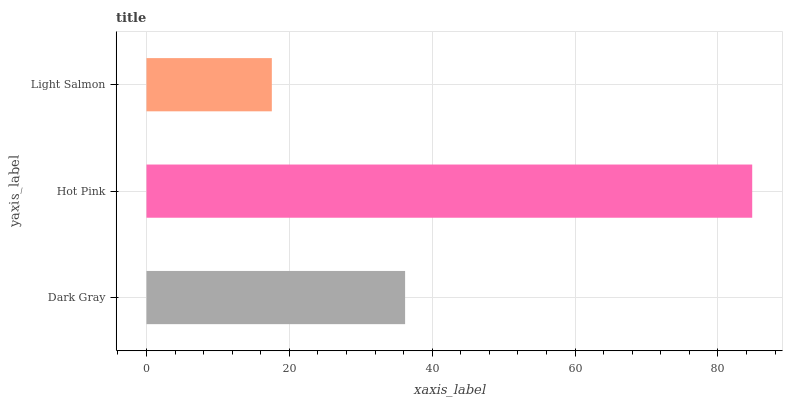
| yaxis_label | bars |
 | --- | --- |
 | Dark Gray | 36.2 |
 | Hot Pink | 84.8 |
 | Light Salmon | 17.5 |